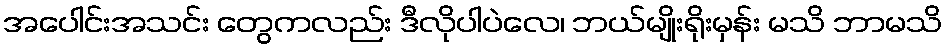
အပေါင်းအသင်း တွေကလည်း ဒီလိုပါပဲလေ၊ ဘယ်မျိုးရိုးမှန်း မသိ ဘာမသိ